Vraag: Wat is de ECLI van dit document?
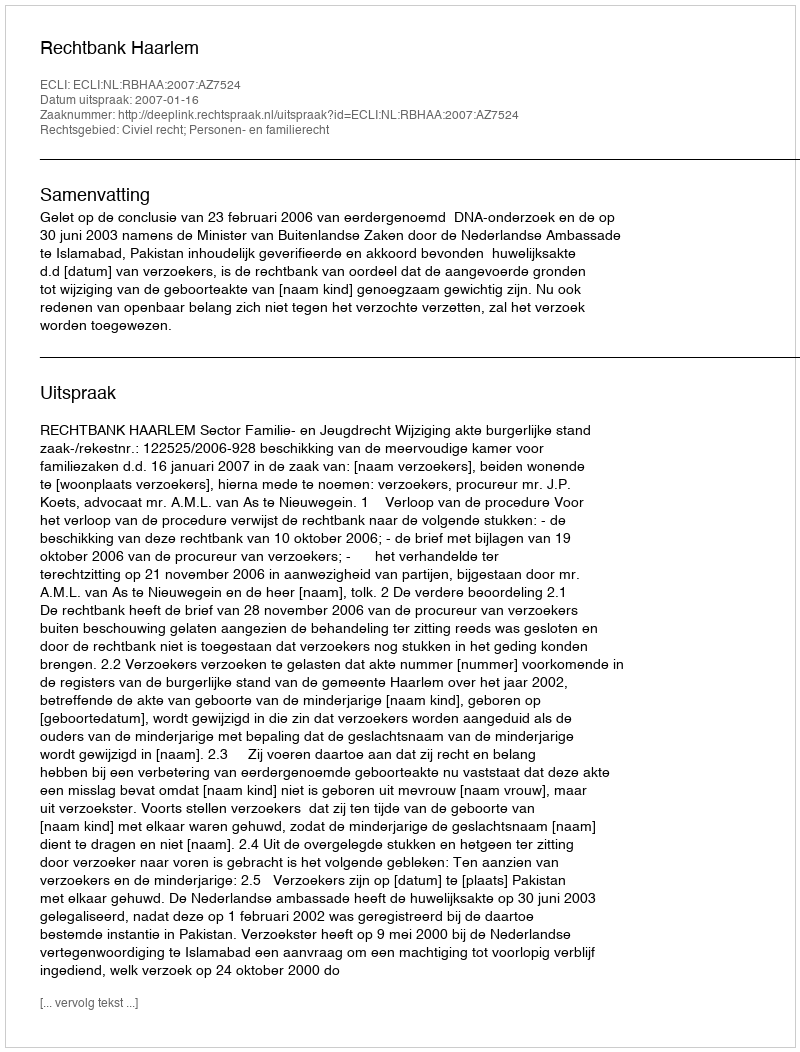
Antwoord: ECLI:NL:RBHAA:2007:AZ7524